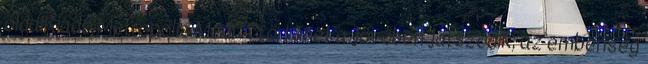
oldalKiadó:Metropolis Medi A történet a jövőben játszódik, az emberiség